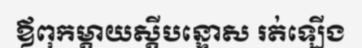
ឪពុកម្តាយស្តីបន្ទោស រត់ឡើង